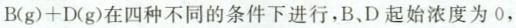
B ( g ) + D ( g )$$在四种不同的条件下进行，B、D起始浓度为0，